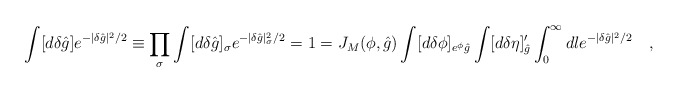
\begin{align*}\int [d \delta {\hat g} ] e^{-|\delta {\hat g}|^2/2} \equiv \prod_{\sigma} \int [d \delta {\hat g} ]_{\sigma} e^{-|\delta {\hat g}|_{\sigma}^2/2} = 1 = J_M({\cal \phi},{\hat g}) \int [d \delta {\cal \phi} ]_{e^\phi {\hat g}} \int [d \delta \eta]'_{\hat g} \int_0^{\infty} d l e^{-|\delta {\hat g}|^2/2} \quad ,\end{align*}